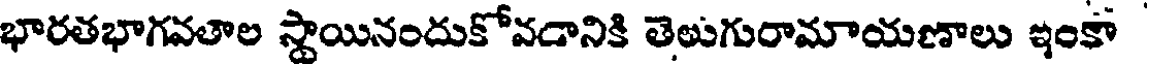
భారతభాగవతాల స్థాయినందుకోవడానికి తెలుగురామాయణాలు ఇంకా